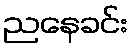
ညနေခင်း